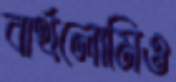
বার্থলোমিও